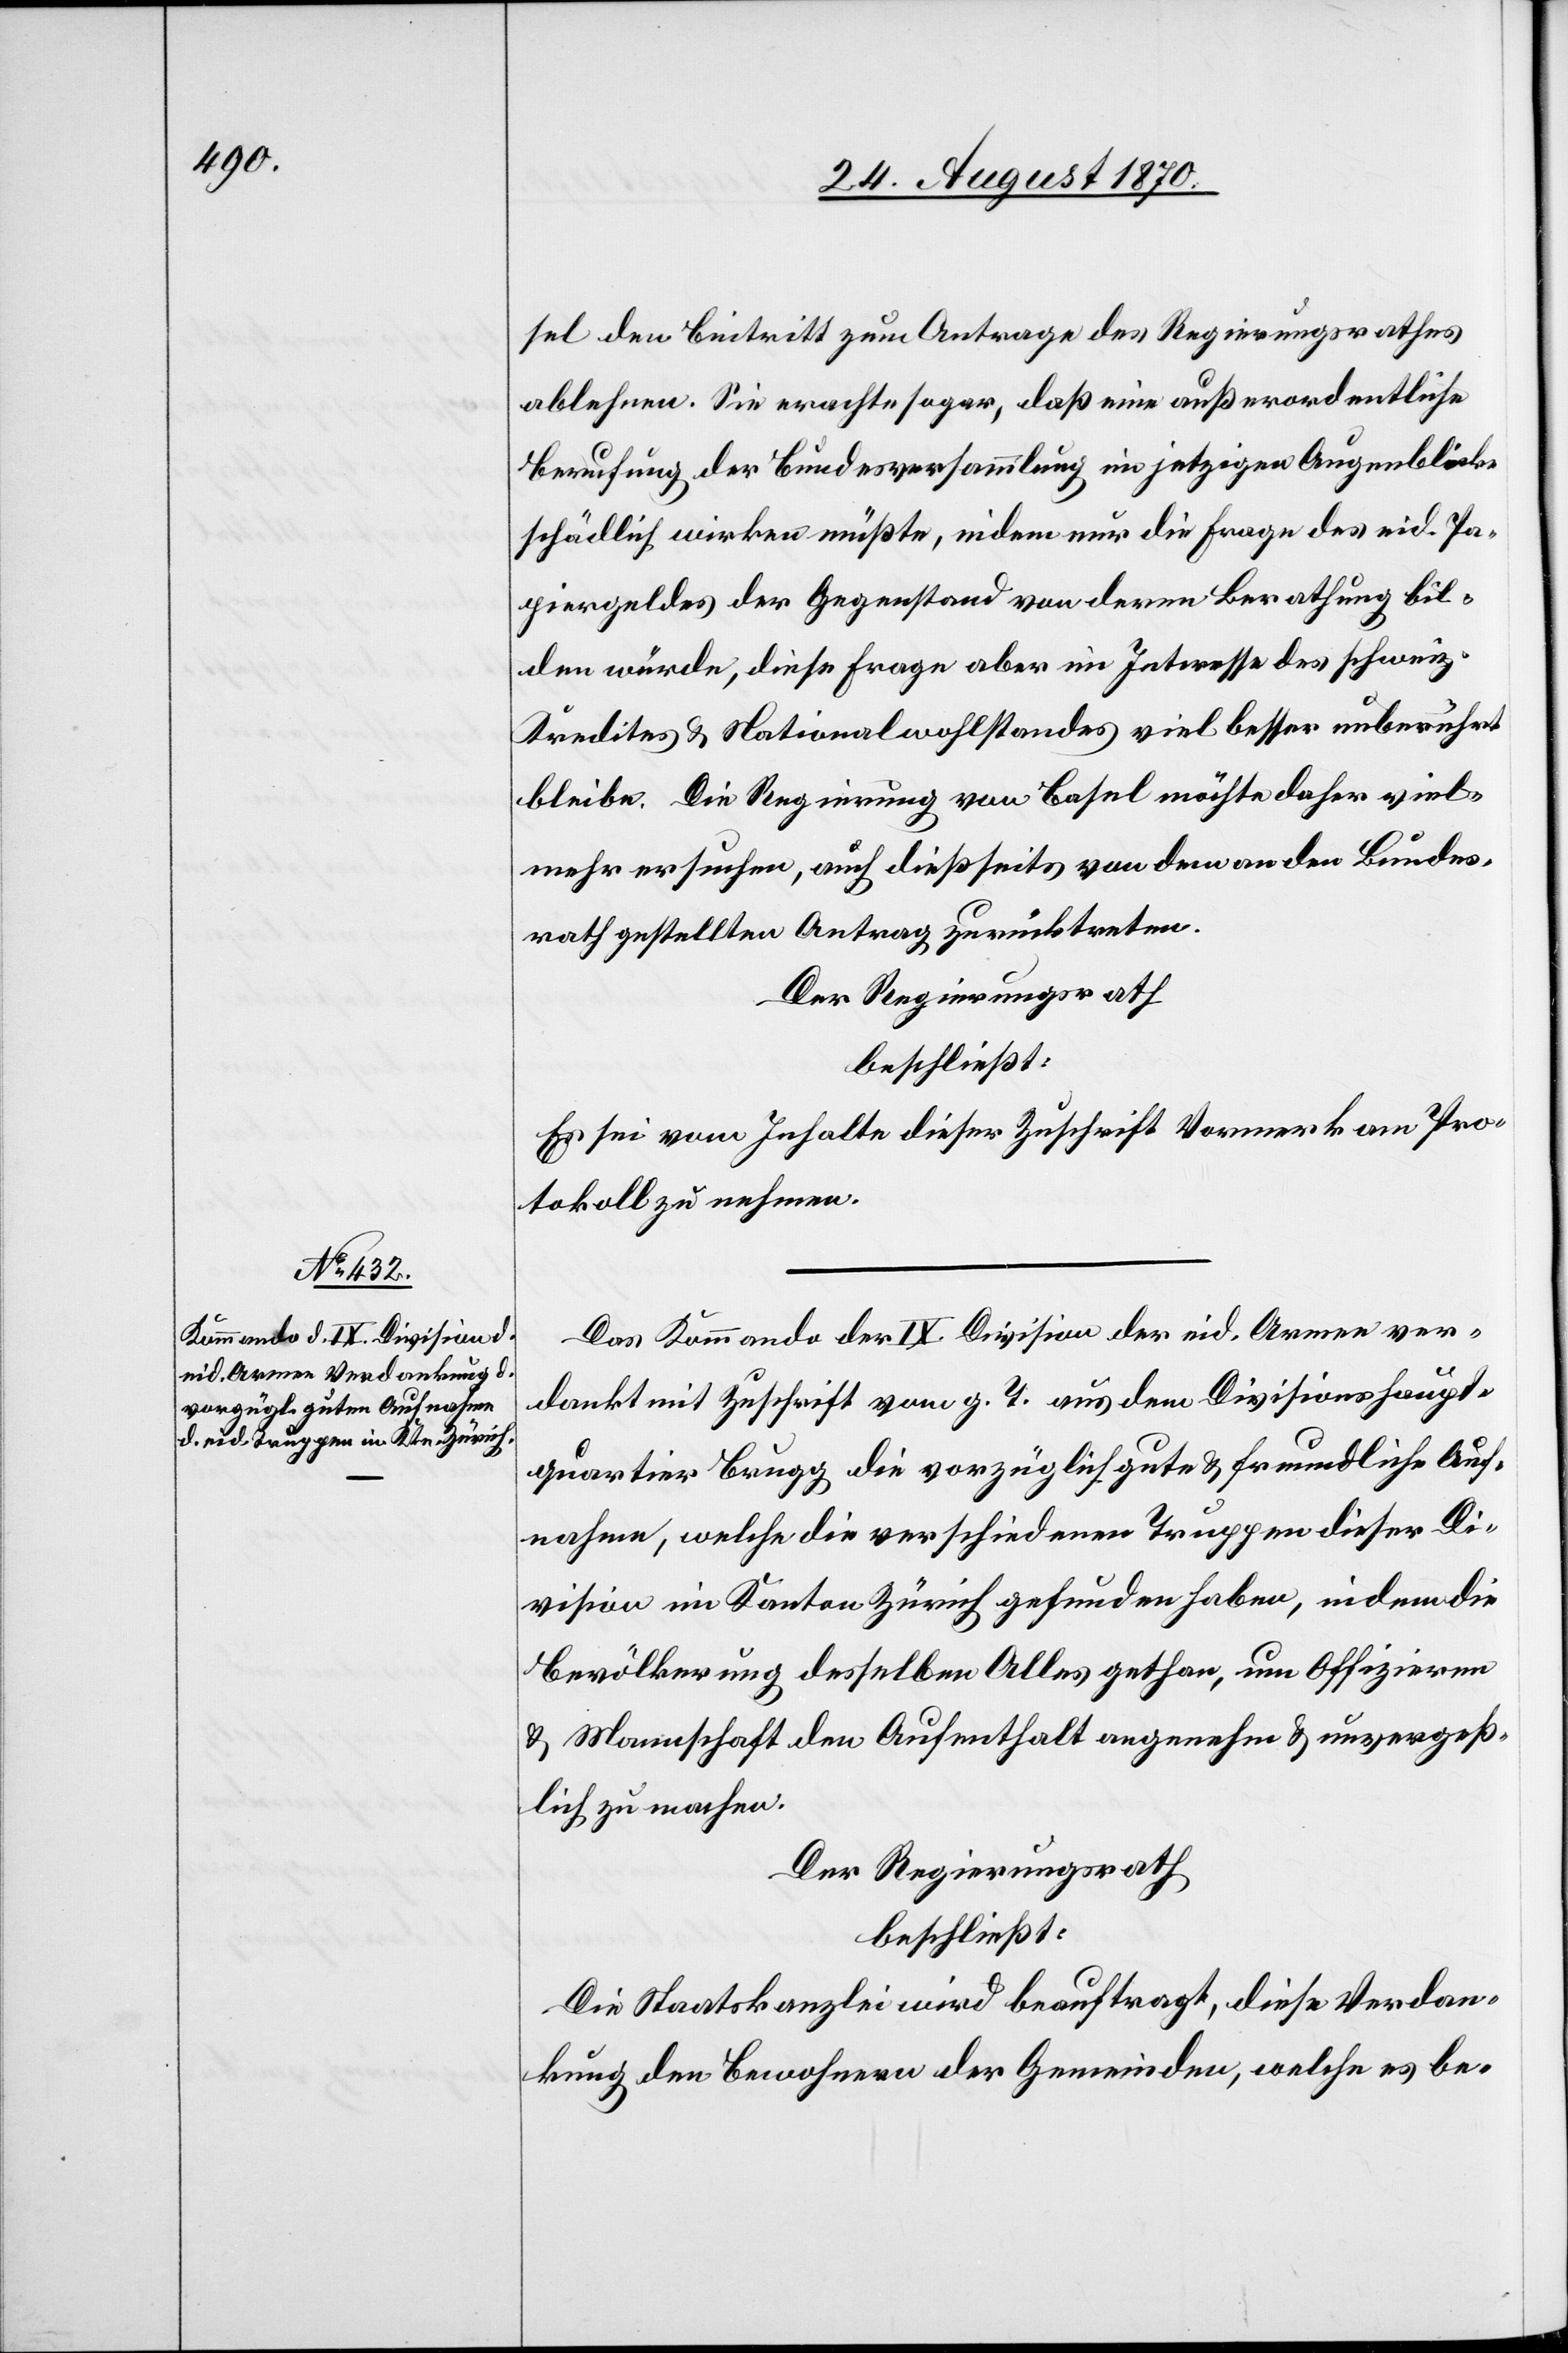
sel den Beitritt zum Antrage des Regierungsrathes
ablehnen. Sie erachte sogar, daß eine außerordentliche
Berufung der Bundesversammlung im jetzigen Augenblicke
schädlich wirken müßte, indem nur die Frage des eid. Pa¬
piergeldes der Gegenstand von deren Berathung bil¬
den würde, diese Frage aber im Interesse des schweiz.
Kredites & Nationalwohlstandes viel besser unberührt
bleibe. Die Regierung von Basel möchte daher viel¬
mehr ersuchen, auch dießseits von dem an den Bundes¬
rath gestellten Antrag zurückzutreten.
Der Regierungsrath
beschließt:
Es sei vom Inhalte dieser Zuschrift Vormerk am Pro¬
tokoll zu nehmen.
Das Kommando der IX. Division der eid. Armee ver¬
dankt mit Zuschrift vom g. T. aus dem Divisionshaupt¬
quartier Brugg die vorzüglich gute & freundliche Auf¬
nahme, welche die verschiedenen Truppen dieser Di¬
vision im Kanton Zürich gefunden haben, indem die
Bevölkerung desselben Alles gethan, um Offizieren
& Mannschaft den Aufenthalt angenehm & unvergeß¬
lich zu machen.
Der Regierungsrath
beschließt:
Die Staatskanzlei wird beauftragt, diese Verdan¬
kung den Bewohnern der Gemeinde, welche es be-